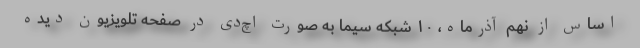
اساس از نهم آذرماه، ۱۰ شبکه سیما به صورت اچ‌دی در صفحه تلویزیون دیده